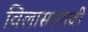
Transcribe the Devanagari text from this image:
विलासरायजी